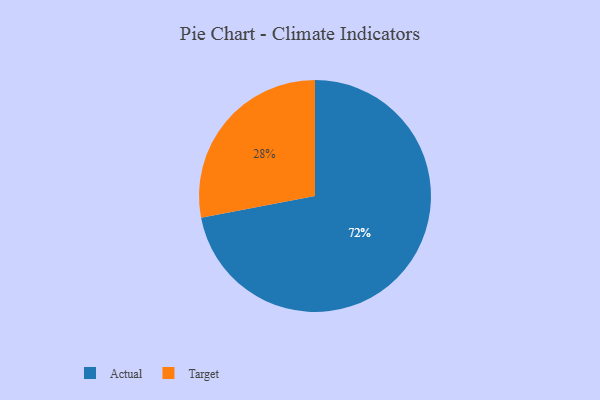
{"axis": {"x": "Category", "y": "Percentage"}, "legend": ["Actual", "Target"], "data": [{"x": "Target", "y": 28, "type": "Target"}, {"x": "Actual", "y": 72, "type": "Actual"}]}